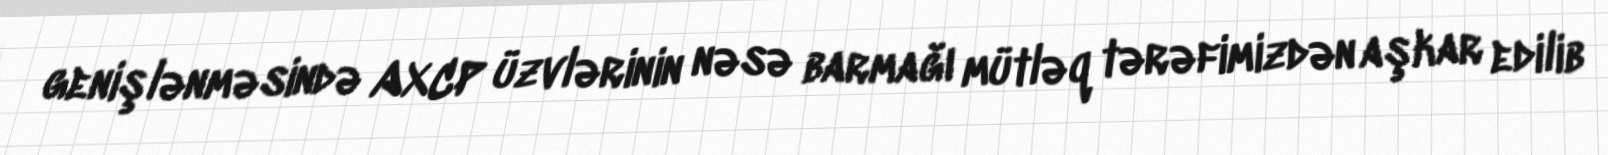
genişlənməsində AXCP üzvlərinin nəsə barmağı mütləq tərəfimizdən aşkar edilib